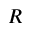
\boldsymbol { R }